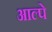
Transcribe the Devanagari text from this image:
आल्पे